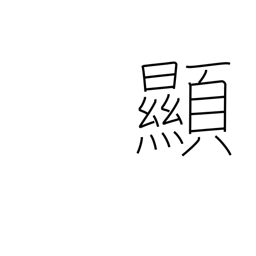
Meaning: evident